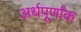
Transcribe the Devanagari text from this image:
अर्धपूर्णांक